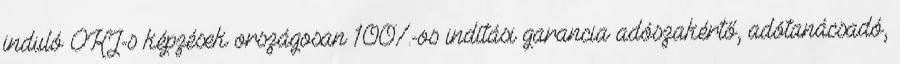
induló OKJ-s képzések országosan 100%-os indítási garancia adószakértő, adótanácsadó,